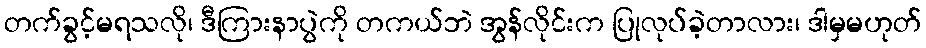
တက်ခွင့်မရသလို၊ ဒီကြားနာပွဲကို တကယ်ဘဲ အွန်လိုင်းက ပြုလုပ်ခဲ့တာလား၊ ဒါမှမဟုတ်